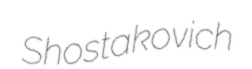
Shostakovich